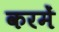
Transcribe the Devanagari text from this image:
करमें